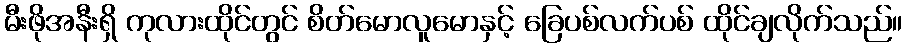
မီးဖိုအနီးရှိ ကုလားထိုင်တွင် စိတ်မောလူမောနှင့် ခြေပစ်လက်ပစ် ထိုင်ချလိုက်သည်။